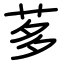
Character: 茤